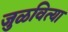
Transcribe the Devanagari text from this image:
जुळवित्या